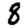
Digit: 8